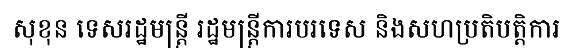
សុខុន ទេសរដ្ឋមន្ត្រី រដ្ឋមន្ត្រីការបរទេស និងសហប្រតិបត្តិការ